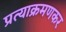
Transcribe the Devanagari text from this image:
प्रत्याक्रमणकर